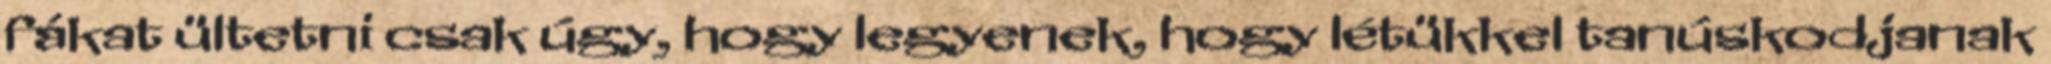
fákat ültetni csak úgy, hogy legyenek, hogy létükkel tanúskodjanak